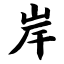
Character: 岸